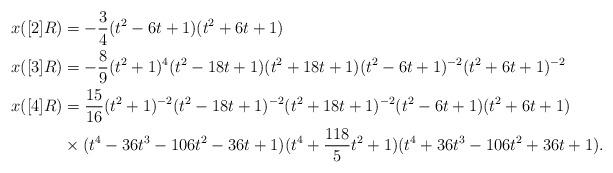
LaTeX: \begin{align*}x([2]R) &=-\frac{3}{4}(t^2-6t+1)(t^2+6t+1)\\x([3]R) &=-\frac{8}{9}(t^2+1)^4(t^2-18t+1)(t^2+18t+1)(t^2-6t+1)^{-2}(t^2+6t+1)^{-2}\\x([4]R) &=\frac{15}{16}(t^2+1)^{-2}(t^2-18t+1)^{-2}(t^2+18t+1)^{-2}(t^2-6t+1)(t^2+6t+1)\\&\mbox{}\times (t^4 - 36t^3 - 106t^2 - 36t + 1)(t^4 + \frac{118}{5}t^2 + 1)(t^4 + 36t^3 - 106t^2 + 36t + 1).\end{align*}